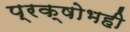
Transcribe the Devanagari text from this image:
प्रक्षोभही